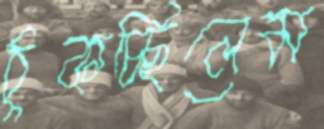
ঠুকচ্ছিলেম